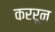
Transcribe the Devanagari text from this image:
कररून